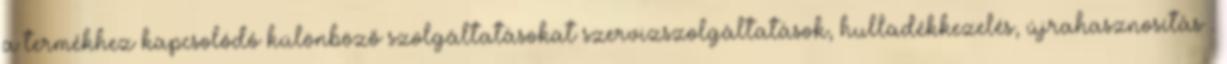
a termékhez kapcsolódó különböző szolgáltatásokat szervizszolgáltatások, hulladékkezelés, újrahasznosítás .